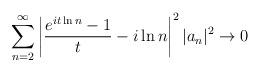
LaTeX: \begin{align*} \sum\limits_{n=2}^{\infty} \left|\frac{e^{i t \ln n}-1}{t} - i \ln n \right|^2 |a_n|^2 \rightarrow 0\end{align*}